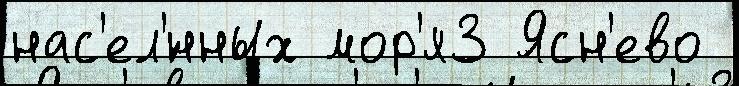
нас'ел'́нных мор'я3 Ясн'ево